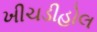
ખીચડીહોલ